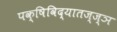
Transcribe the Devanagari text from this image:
पक्षिविद्यातज्‍ज्ञ